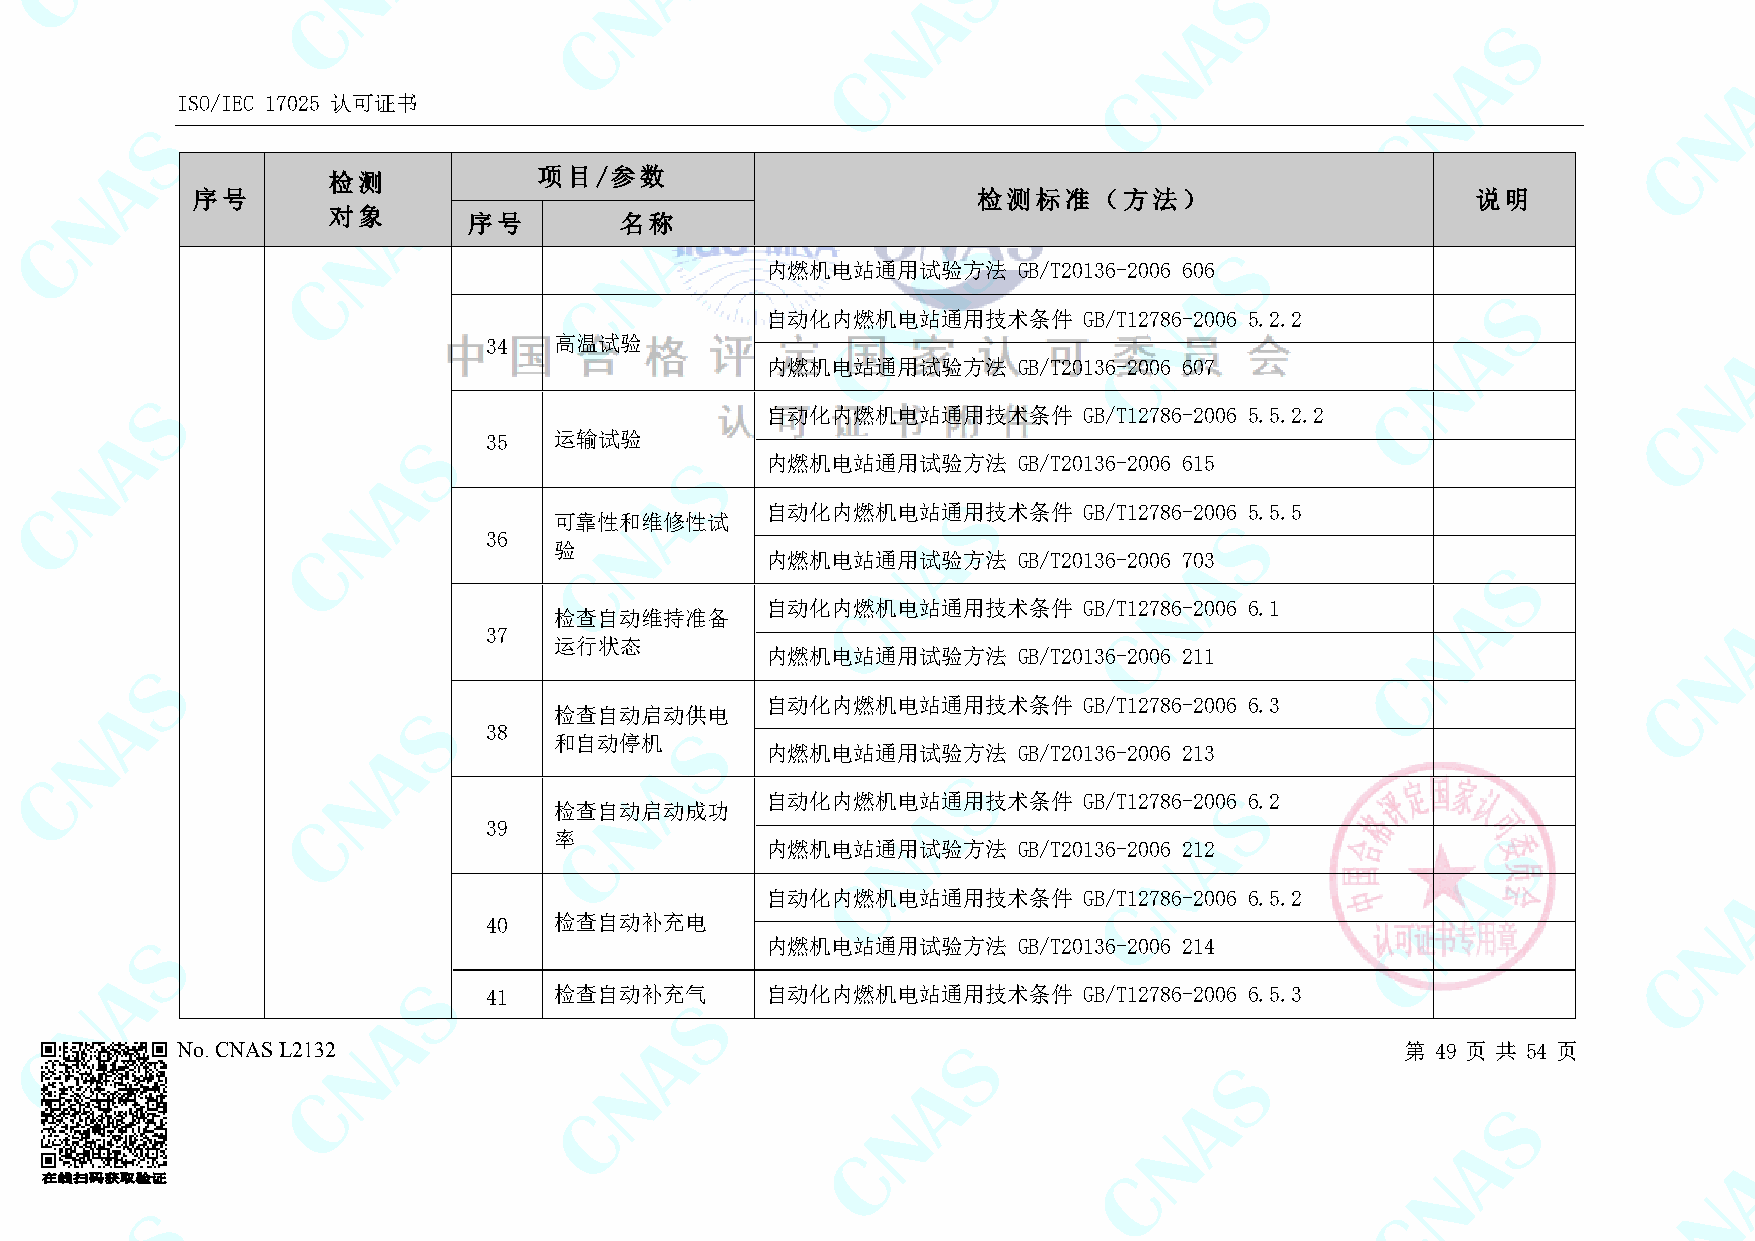
ISO/IEC 17025 认可证书
 检测            项目/参数
 序号                                                  检测标准（方法）                         说明
 对象
 序号        名称
 内燃机电站通用试验方法     GB/T20136-2006 606
 自动化内燃机电站通用技术条件       GB/T12786-2006 5.2.2
 34   高温试验
 内燃机电站通用试验方法     GB/T20136-2006 607
 自动化内燃机电站通用技术条件       GB/T12786-2006 5.5.2.2
 35   运输试验
 内燃机电站通用试验方法     GB/T20136-2006 615
 自动化内燃机电站通用技术条件       GB/T12786-2006 5.5.5
 可靠性和维修性试
 36
 验
 内燃机电站通用试验方法     GB/T20136-2006 703
 自动化内燃机电站通用技术条件       GB/T12786-2006 6.1
 检查自动维持准备
 37
 运行状态
 内燃机电站通用试验方法     GB/T20136-2006 211
 自动化内燃机电站通用技术条件       GB/T12786-2006 6.3
 检查自动启动供电
 38
 和自动停机
 内燃机电站通用试验方法     GB/T20136-2006 213
 自动化内燃机电站通用技术条件       GB/T12786-2006 6.2
 检查自动启动成功
 39
 率
 内燃机电站通用试验方法     GB/T20136-2006 212
 自动化内燃机电站通用技术条件       GB/T12786-2006 6.5.2
 40   检查自动补充电
 内燃机电站通用试验方法     GB/T20136-2006 214
 41   检查自动补充气       自动化内燃机电站通用技术条件       GB/T12786-2006 6.5.3
 No. CNAS L2132                                                                   第 49 页 共 54 页